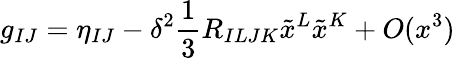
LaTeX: g_{IJ}=\eta_{IJ}-\delta^{2}\frac{1}{3}R_{ILJK}\tilde{x}^{L}\tilde{x}^{K}+O(x^{3})